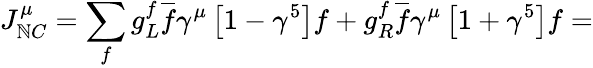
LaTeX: J_{\mathbb{N}C}^{\mu}=\sum_{f}g_{L}^{f}\overline{{{f}}}\gamma^{\mu}\left[1-\gamma^{5}\right]f+g_{R}^{f}\overline{{{f}}}\gamma^{\mu}\left[1+\gamma^{5}\right]f=